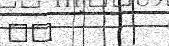
٤٠